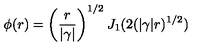
\phi ( r ) = \left( \frac { r } { | \gamma | } \right) ^ { 1 / 2 } J _ { 1 } ( 2 ( | \gamma | r ) ^ { 1 / 2 } )